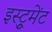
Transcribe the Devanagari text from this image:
इस्ट्रुमेंट